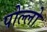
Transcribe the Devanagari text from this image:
पोल्लो